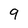
Character: 9